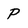
Character: P